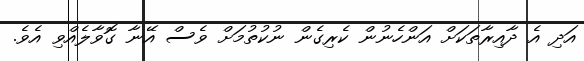
އަދި އެ ދާއިރާތަކަށް އަންހެނުން ކެރިގެން ނުކުތުމަށް ވެސް އޭނާ ގޮވާލެއްވި އެވެ.